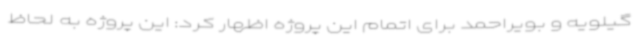
گیلویه و بویراحمد برای اتمام این پروژه اظهار کرد: این پروژه به لحاظ